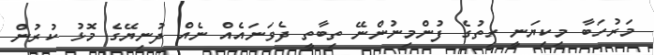
މަރުހަބާ މިކިޔަނީ ހިތުގެ ފުންމިނުންނޭ ތިބާތީ ދެވަނައެއް ނެއް ދުނިޔޭގެ މޮޅު ކުރުން